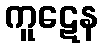
ကူဋေန